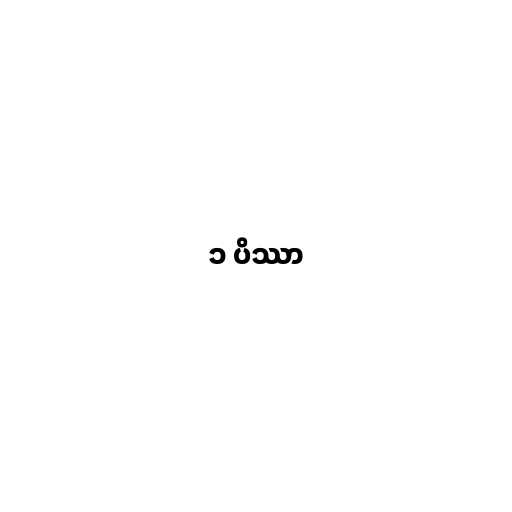
၁ ပိဿာ